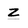
Character: z